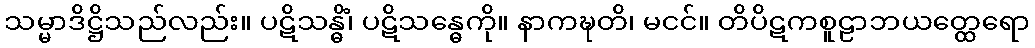
သမ္မာဒိဋ္ဌိသည်လည်း။ ပဋိသန္ဓိံ၊ ပဋိသန္ဓေကို။ နာကဍ္ဎတိ၊ မငင်။ တိပိဋကစူဠာဘယတ္ထေရော